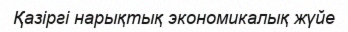
Қазіргі нарықтық экономикалық жүйе